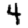
Digit: 4